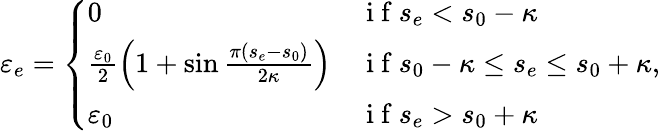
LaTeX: \varepsilon_{e}=\left\{ \begin{array}{ll}{0}&{\mathrm{~i~f~}s_{e}<s_{0}-\kappa}\\ {\frac{\varepsilon_{0}}{2}\left(1+\sin\frac{\pi\left(s_{e}-s_{0}\right)}{2\kappa}\right)}&{\mathrm{~i~f~}s_{0}-\kappa\leq s_{e}\leq s_{0}+\kappa}\\ {\varepsilon_{0}}&{\mathrm{~i~f~}s_{e}>s_{0}+\kappa}\end{array}\right.,